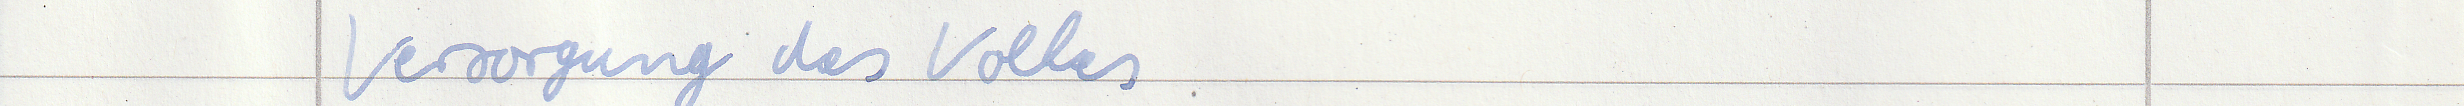
Versorgung des Volkes